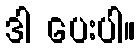
ဒါ ပေးပါ။